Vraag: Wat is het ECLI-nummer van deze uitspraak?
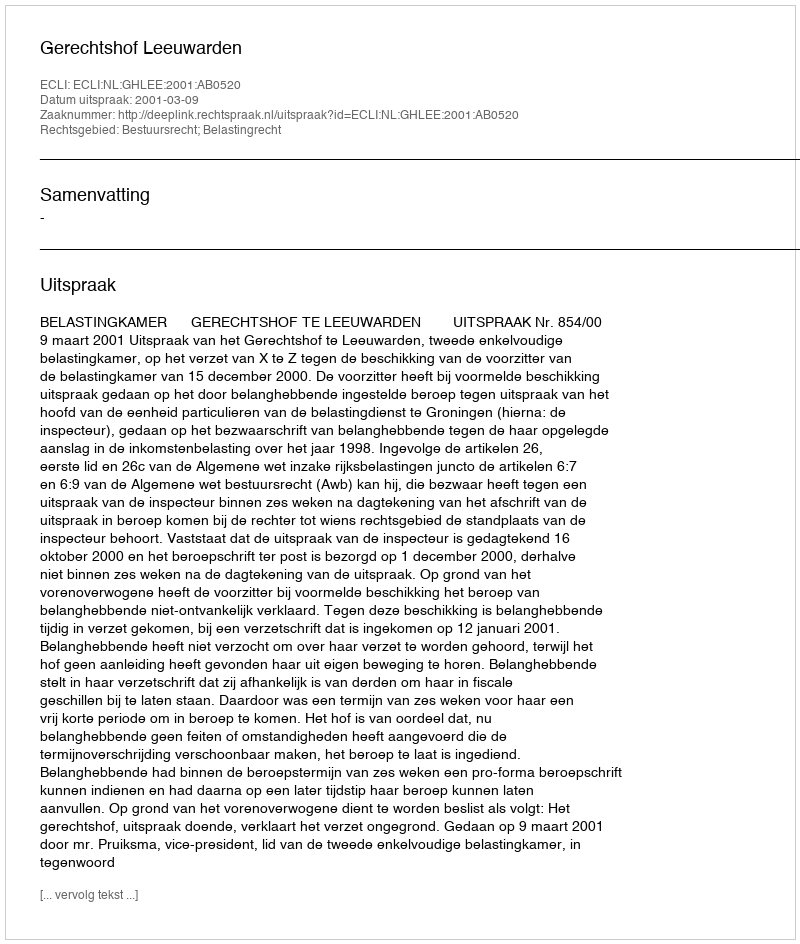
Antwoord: ECLI:NL:GHLEE:2001:AB0520